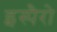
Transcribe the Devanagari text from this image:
इस्पैरो